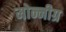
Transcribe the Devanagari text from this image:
मोन्नीग्र